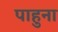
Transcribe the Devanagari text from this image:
पाहुना